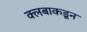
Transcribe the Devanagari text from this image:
क्लबाकडून